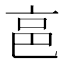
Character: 𠅔